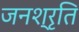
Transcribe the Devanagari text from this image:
जनश्रृति